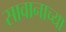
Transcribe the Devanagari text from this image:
सावानाच्या